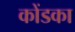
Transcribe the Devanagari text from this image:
कोंडका